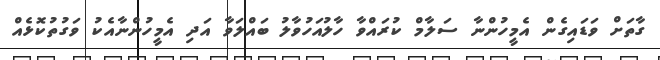
ގާތަށް ވަޑައިގެން އެމީހުންނާ ސަލާމް ކުރައްވާ ހާލުއަހުވާލު ބައްލަވާ އަދި އެމީހުންނާއެކު ވަގުތުކޮޅެއް